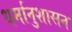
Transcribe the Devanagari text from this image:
धर्मानुशासन